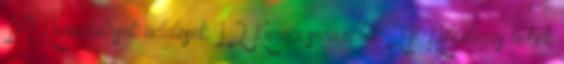
14 Kirándulások üdülések 12 Koreai sorozatok 27 Különleges linkek